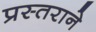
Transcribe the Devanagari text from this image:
प्रस्तराने